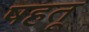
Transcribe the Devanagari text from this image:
षहतू